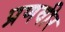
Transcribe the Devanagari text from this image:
प्रणवीर